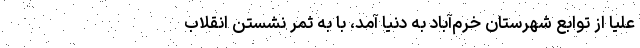
علیا از توابع شهرستان خرم‌آباد به دنیا آمد، با به ثمر نشستن انقلاب